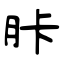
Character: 胩